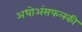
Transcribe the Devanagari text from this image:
अधोअंसफलकी